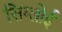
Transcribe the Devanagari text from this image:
सिग्लोई